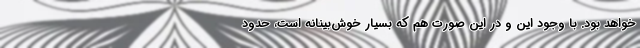
خواهد بود. با وجود این و در این صورت هم که بسیار خوش‌بینانه است، حدود